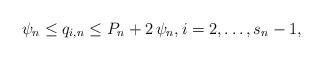
LaTeX: \begin{align*}\psi _{n}\leq q_{i,n}\leq P_{n}+2\,\psi _{n},i=2,\ldots ,s_{n}-1,\end{align*}